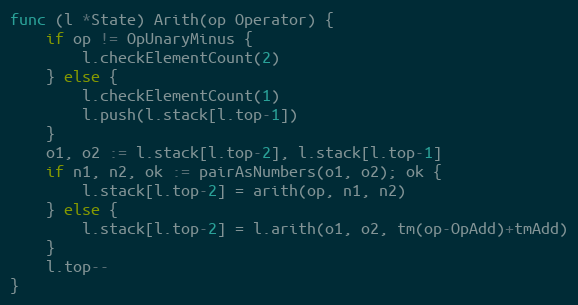
Language: Go
func (l *State) Arith(op Operator) {
	if op != OpUnaryMinus {
		l.checkElementCount(2)
	} else {
		l.checkElementCount(1)
		l.push(l.stack[l.top-1])
	}
	o1, o2 := l.stack[l.top-2], l.stack[l.top-1]
	if n1, n2, ok := pairAsNumbers(o1, o2); ok {
		l.stack[l.top-2] = arith(op, n1, n2)
	} else {
		l.stack[l.top-2] = l.arith(o1, o2, tm(op-OpAdd)+tmAdd)
	}
	l.top--
}